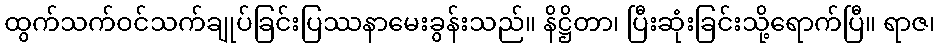
ထွက်သက်ဝင်သက်ချုပ်ခြင်းပြဿနာမေးခွန်းသည်။ နိဋ္ဌိတာ၊ ပြီးဆုံးခြင်းသို့ရောက်ပြီ။ ရာဇ၊